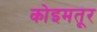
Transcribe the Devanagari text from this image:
कोइमतूर